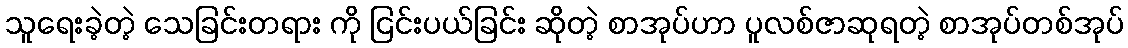
သူရေးခဲ့တဲ့ သေခြင်းတရား ကို ငြင်းပယ်ခြင်း ဆိုတဲ့ စာအုပ်ဟာ ပူလစ်ဇာဆုရတဲ့ စာအုပ်တစ်အုပ်